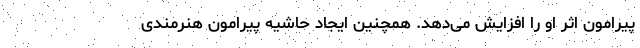
پیرامون اثر او را افزایش می‌دهد. همچنین ایجاد حاشیه پیرامون هنرمندی